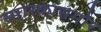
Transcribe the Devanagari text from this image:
स्मारकासमोर